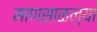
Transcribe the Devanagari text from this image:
माणसाळल्या